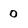
Character: 0